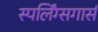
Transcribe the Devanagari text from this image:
स्पर्लिंग्सगार्स